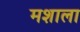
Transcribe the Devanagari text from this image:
मशाला